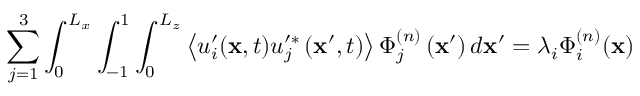
\sum _ { j = 1 } ^ { 3 } \int _ { 0 } ^ { L _ { x } } \int _ { - 1 } ^ { 1 } \int _ { 0 } ^ { L _ { z } } \left\langle u _ { i } ^ { \prime } ( \mathbf { x } , t ) u _ { j } ^ { \prime * } \left( \mathbf { x } ^ { \prime } , t \right) \right\rangle \Phi _ { j } ^ { ( n ) } \left( \mathbf { x } ^ { \prime } \right) d \mathbf { x } ^ { \prime } = \lambda _ { i } \Phi _ { i } ^ { ( n ) } ( \mathbf { x } )